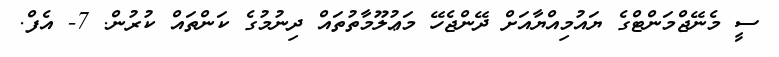
ސީ މެނޭޖްމަންޓްގެ ޔައުމިއްޔާއަށް ދޭންޖެހޭ މަޢުލޫމާތުތައް ދިނުމުގެ ކަންތައް ކުރުން. 7- އެފް.